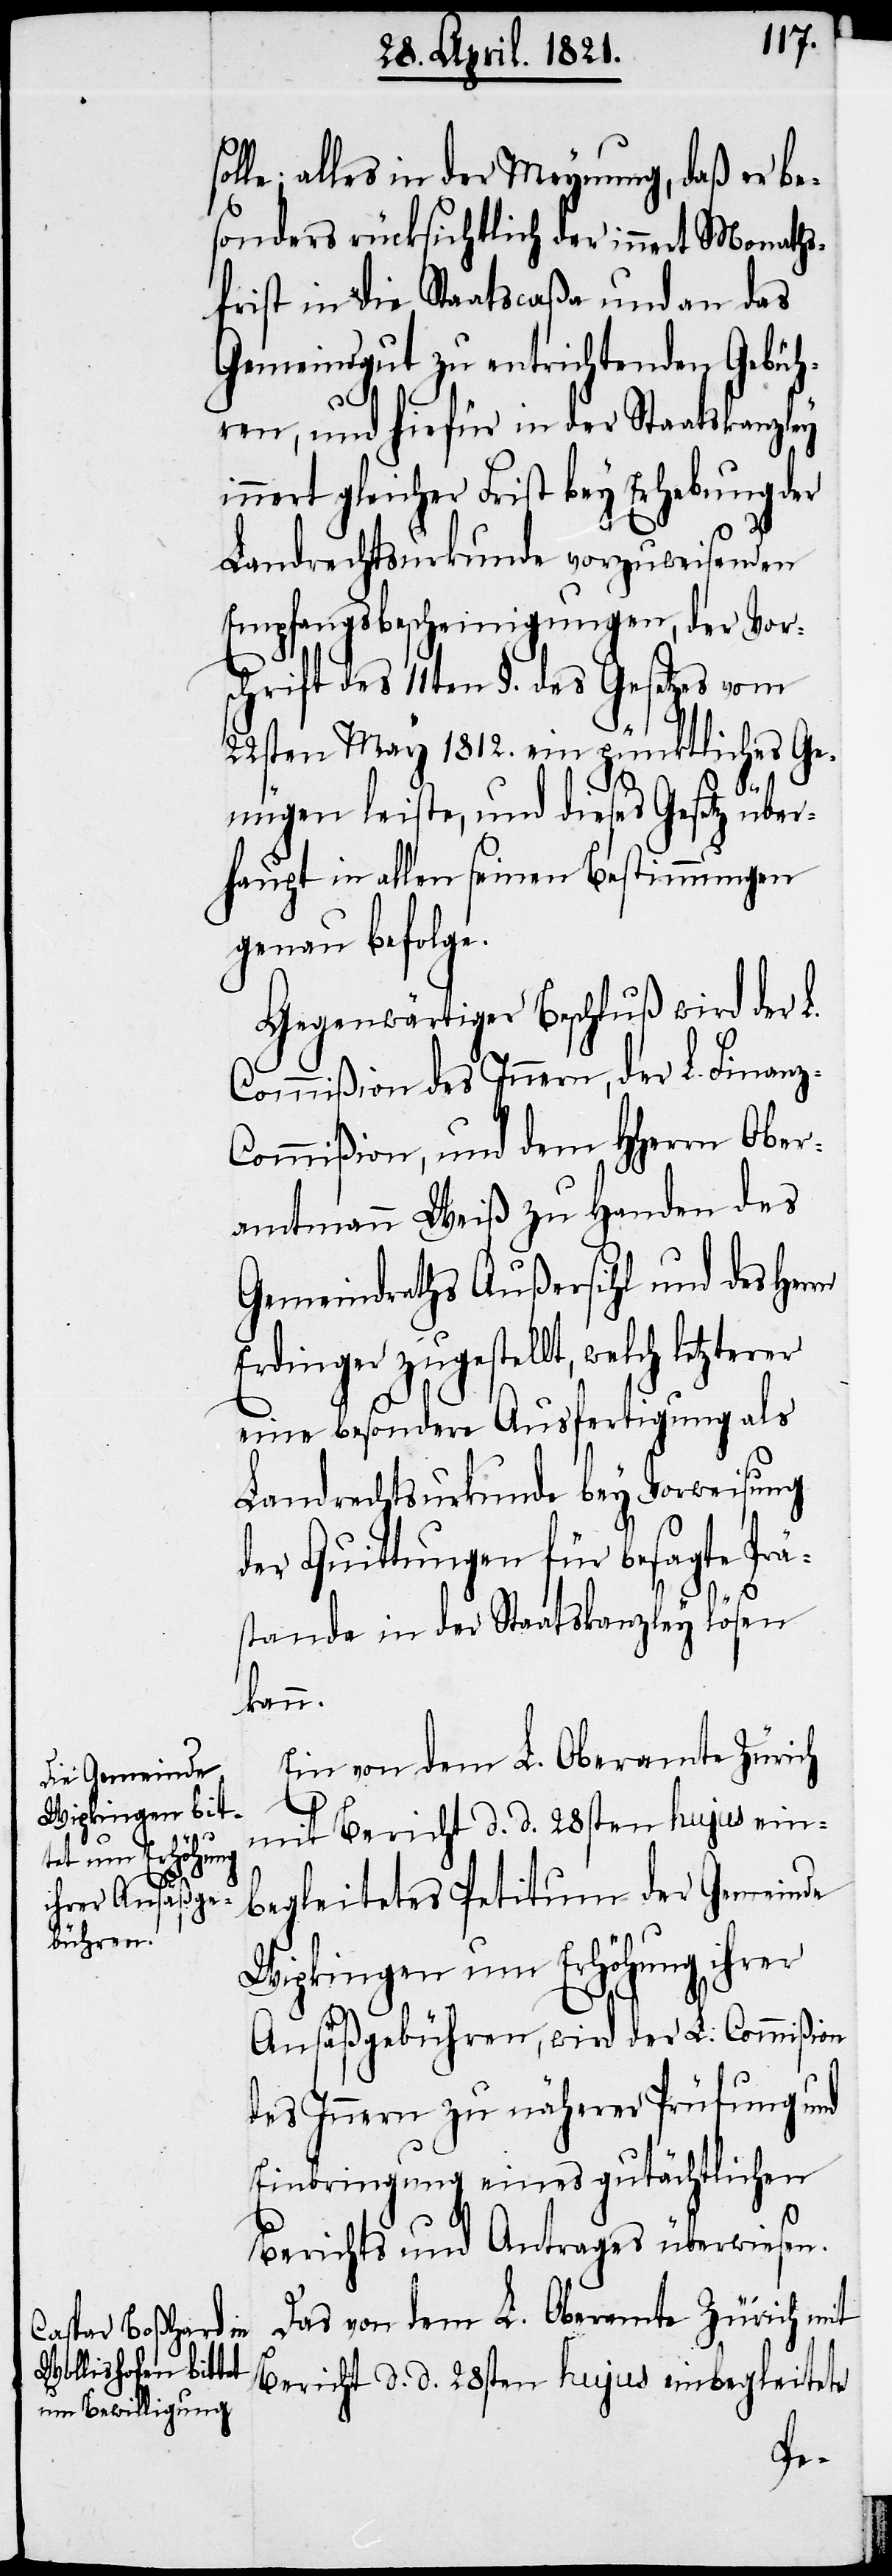
erer

le; alles in der Meynung, daß er be¬
sonders rücksichtlich der innert Monaths¬
frist in die Staatscaßa und an das
Gemeindgut zu entrichtenden Gebüh¬
ren, und hiefür in der Staatskanzley
innert gleicher Frist bey Erhebung der
Landrechtsurkunde vorzuweisenden
Empfangsbescheinigungen, der Vor¬
schrift des 11ten §. des Gesetzes vom
22sten May 1812. ein pünktliches Ge¬
rn
nügen leiste, und dieses Gesetz über¬
haupt in allen seinen Bestimmungen
genau befolge.
Gegenwärtiger Beschluß wird der L.
Commißion des Innern, der L. Finan¬
ommißion, und dem HHerrn Ober¬
amtmann Weiß zu Handen des
Gemeindraths Außersihl und des Her¬
Erdinger zugestellt, welch letzt¬
eine besondere Ausfertigung als
Landrechtsurkunde bey Vorweisung
der Quittungen für besagte Prä¬
standa in der Staatskanzley lösen
kann.
Ein von dem L. Oberamte Zürich
mit Bericht d. d. 28sten hujus ein¬
begleitetes Petitum der Gemeinde
Wipkingen um Erhöhung ihrer
Ansäßgebühren, wird der L. Commißion
des Innern zu näherer Prüfung und
Einbringung eines gutächtlichen
Berichts und Antrages überwiesen.
Das von dem L. Oberamte Zürich mit
Bericht d. d. 28sten hujus einbegleitete